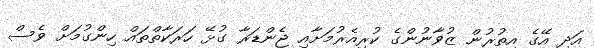
އަދި އޭގެ އިތުރުން ޒުވާނުންގެ ކުރިއެރުމަށާއި ޖެންޑަރާ ގުޅޭ ހަރަކާތްތައް ހިންގުމަށް ވެސް